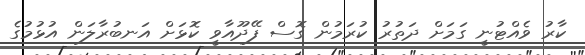
ކާރު ވެއްޓުނީ ގަމަށް ދަތުރު ކުރަމުން ގޮސް ފޭދޫއާވީ ކޮޅަށް އަނބުރާލަން އުުޅުމުގެ